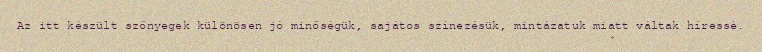
Az itt készült szőnyegek különösen jó minőségük, sajátos színezésük, mintázatuk miatt váltak híressé.